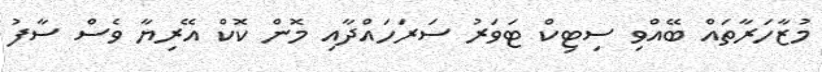
މުޒާހަރާތައް ބޭއްވި ސިޓިކް ޓަވަރު ސަރަހައްދާއި މޮން ކޮކް އޭރިޔާ ވެސް ސާފު